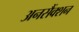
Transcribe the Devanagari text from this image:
अनसैंक्शन